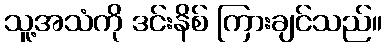
သူ့အသံကို ဒင်းနိစ် ကြားချင်သည်။